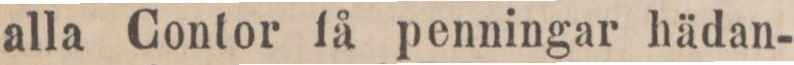
alla Contor få penningar hädan-